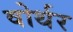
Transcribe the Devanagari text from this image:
वोर्थर